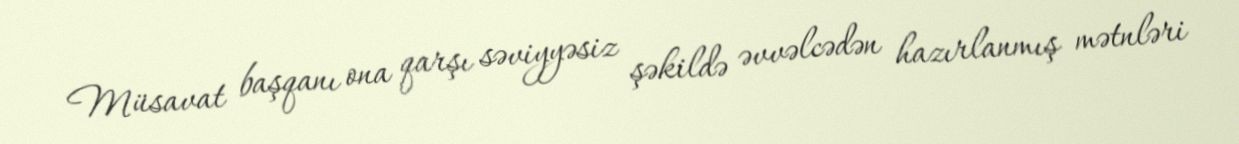
Müsavat başqanı ona qarşı səviyyəsiz şəkildə əvvəlcədən hazırlanmış mətnləri